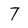
Character: 7